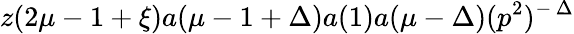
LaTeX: z(2\mu-1+\xi)a(\mu-1+\Delta)a(1)a(\mu-\Delta)(p^{2})^{-\, \Delta}